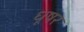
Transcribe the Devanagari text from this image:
धूषर